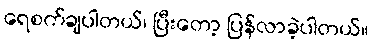
ရေစက်ချပါတယ်၊ ပြီးတော့ ပြန်လာခဲ့ပါတယ်။